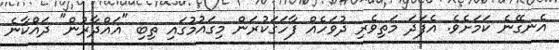
އެނގޭނެ ކަމަށެވެ. އެފަދަ މަތިވެރި ދުވަހެއް ފާހަގަކުރަން މިގައުމުގައި ތިބި "ޣައްދާރުން" ދައްކާނެ